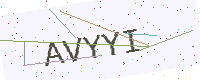
Text: AVYYI